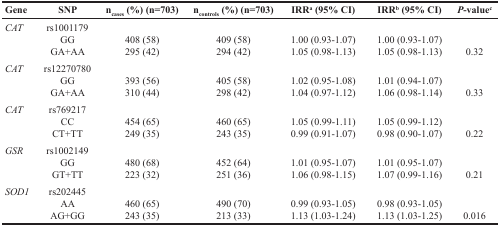
<table><thead><tr><td><b>Gene</b></td><td><b>SNP</b></td><td><b>n<sub>cases</sub> (%) (n=703)</b></td><td><b>n<sub>controls</sub> (%) (n=703)</b></td><td><b>IRR<sup>a</sup> (95% CI)</b></td><td><b>IRR<sup>b</sup> (95% CI)</b></td><td><b>P-value<sup>c</sup></b></td></tr></thead><tbody><tr><td><i>CAT</i></td><td>rs1001179GGGA+AA</td><td>408 (58)295 (42)</td><td>409 (58)294 (42)</td><td>1.00 (0.93-1.07)1.05 (0.98-1.13)</td><td>1.00 (0.93-1.07)1.05 (0.98-1.13)</td><td>0.32</td></tr><tr><td><i>CAT</i></td><td>rs12270780GGGA+AA</td><td>393 (56)310 (44)</td><td>405 (58)298 (42)</td><td>1.02 (0.95-1.08)1.04 (0.97-1.12)</td><td>1.01 (0.94-1.07)1.06 (0.98-1.14)</td><td>0.33</td></tr><tr><td><i>CAT</i></td><td>rs769217CCCT+TT</td><td>454 (65)249 (35)</td><td>460 (65)243 (35)</td><td>1.05 (0.99-1.11)0.99 (0.91-1.07)</td><td>1.05 (0.99-1.12)0.98 (0.90-1.07)</td><td>0.22</td></tr><tr><td><i>GSR</i></td><td>rs1002149GGGT+TT</td><td>480 (68)223 (32)</td><td>452 (64)251 (36)</td><td>1.01 (0.95-1.07)1.06 (0.98-1.15)</td><td>1.01 (0.95-1.07)1.07 (0.99-1.16)</td><td>0.21</td></tr><tr><td><i>SOD1</i></td><td>rs202445AAAG+GG</td><td>460 (65)243 (35)</td><td>490 (70)213 (33)</td><td>0.99 (0.93-1.05)1.13 (1.03-1.24)</td><td>0.98 (0.93-1.05)1.13 (1.03-1.25)</td><td>0.016</td></tr></tbody></table>